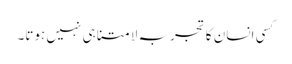
کسی انسان کا تجربہ لامتناہی نہیں ہوتا۔